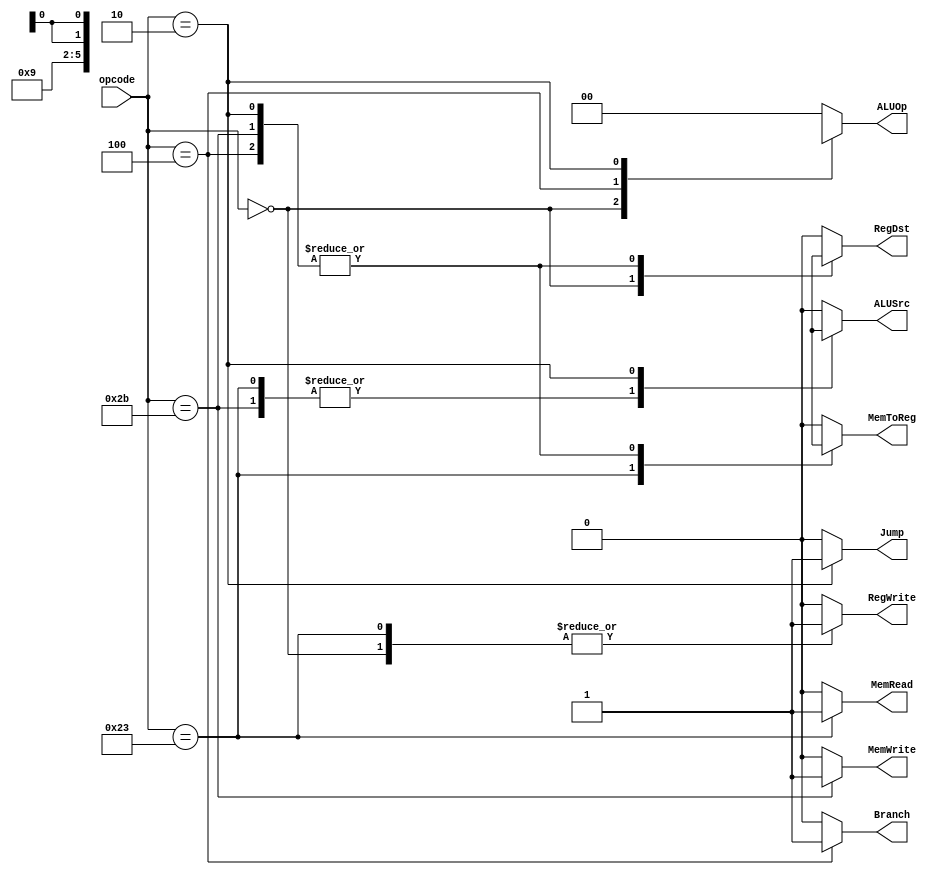
module Control_Unit
(
	input wire [5:0] opcode,
	output reg 		 RegDst,
	output reg 		 Jump, 
	output reg 		 Branch, 
	output reg 		 MemRead, 
	output reg 		 MemToReg, 
	output reg [1:0] ALUOp, 
	output reg 		 MemWrite, 
	output reg 		 ALUSrc, 
	output reg 		 RegWrite
);

	always @(*) begin
		// default
		RegDst = 0; Jump = 0; Branch = 0; MemRead = 0; MemToReg = 0; MemWrite = 0; ALUSrc = 0; RegWrite = 0; ALUOp = 2'b00;
		case (opcode)
			6'b000000 : // R-type instruction
			begin
				RegDst = 1; Jump = 0; Branch = 0; MemRead = 0; MemToReg = 0; MemWrite = 0; ALUSrc = 0; RegWrite = 1; ALUOp = 2'b10;
			end
			6'b100011 : // LW instruction
			begin
				RegDst = 0; Jump = 0; Branch = 0; MemRead = 1; MemToReg = 1; MemWrite = 0; ALUSrc = 1; RegWrite = 1; ALUOp = 2'b00;
			end
			6'b101011 : // SW instruction
			begin
				RegDst = 1'dx; Jump = 0; Branch = 0; MemRead = 0; MemToReg = 1'dx; MemWrite = 1; ALUSrc = 1; RegWrite = 0; ALUOp = 2'b00;
			end
			6'b000100 : // beq instruction
			begin
				RegDst = 1'dx; Jump = 0; Branch = 1; MemRead = 0; MemToReg = 1'dx; MemWrite = 0; ALUSrc = 0; RegWrite = 0; ALUOp = 2'b01;
			end
			6'b000010 : // jump instruction
			begin
				RegDst = 1'dx; Jump = 1; Branch = 0; MemRead = 0; MemToReg = 1'dx; MemWrite = 0; ALUSrc = 1'dx; RegWrite = 0; ALUOp = 2'dx;
			end
			default :  // invalid opcode
			begin
				RegDst = 0; Jump = 0; Branch = 0; MemRead = 0; MemToReg = 0; MemWrite = 0; ALUSrc = 0; RegWrite = 0; ALUOp = 2'b00;
			end

		endcase
	end
endmodule